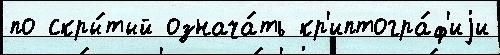
по скры́тый означа́ть кр'иптогра́ф'иjи